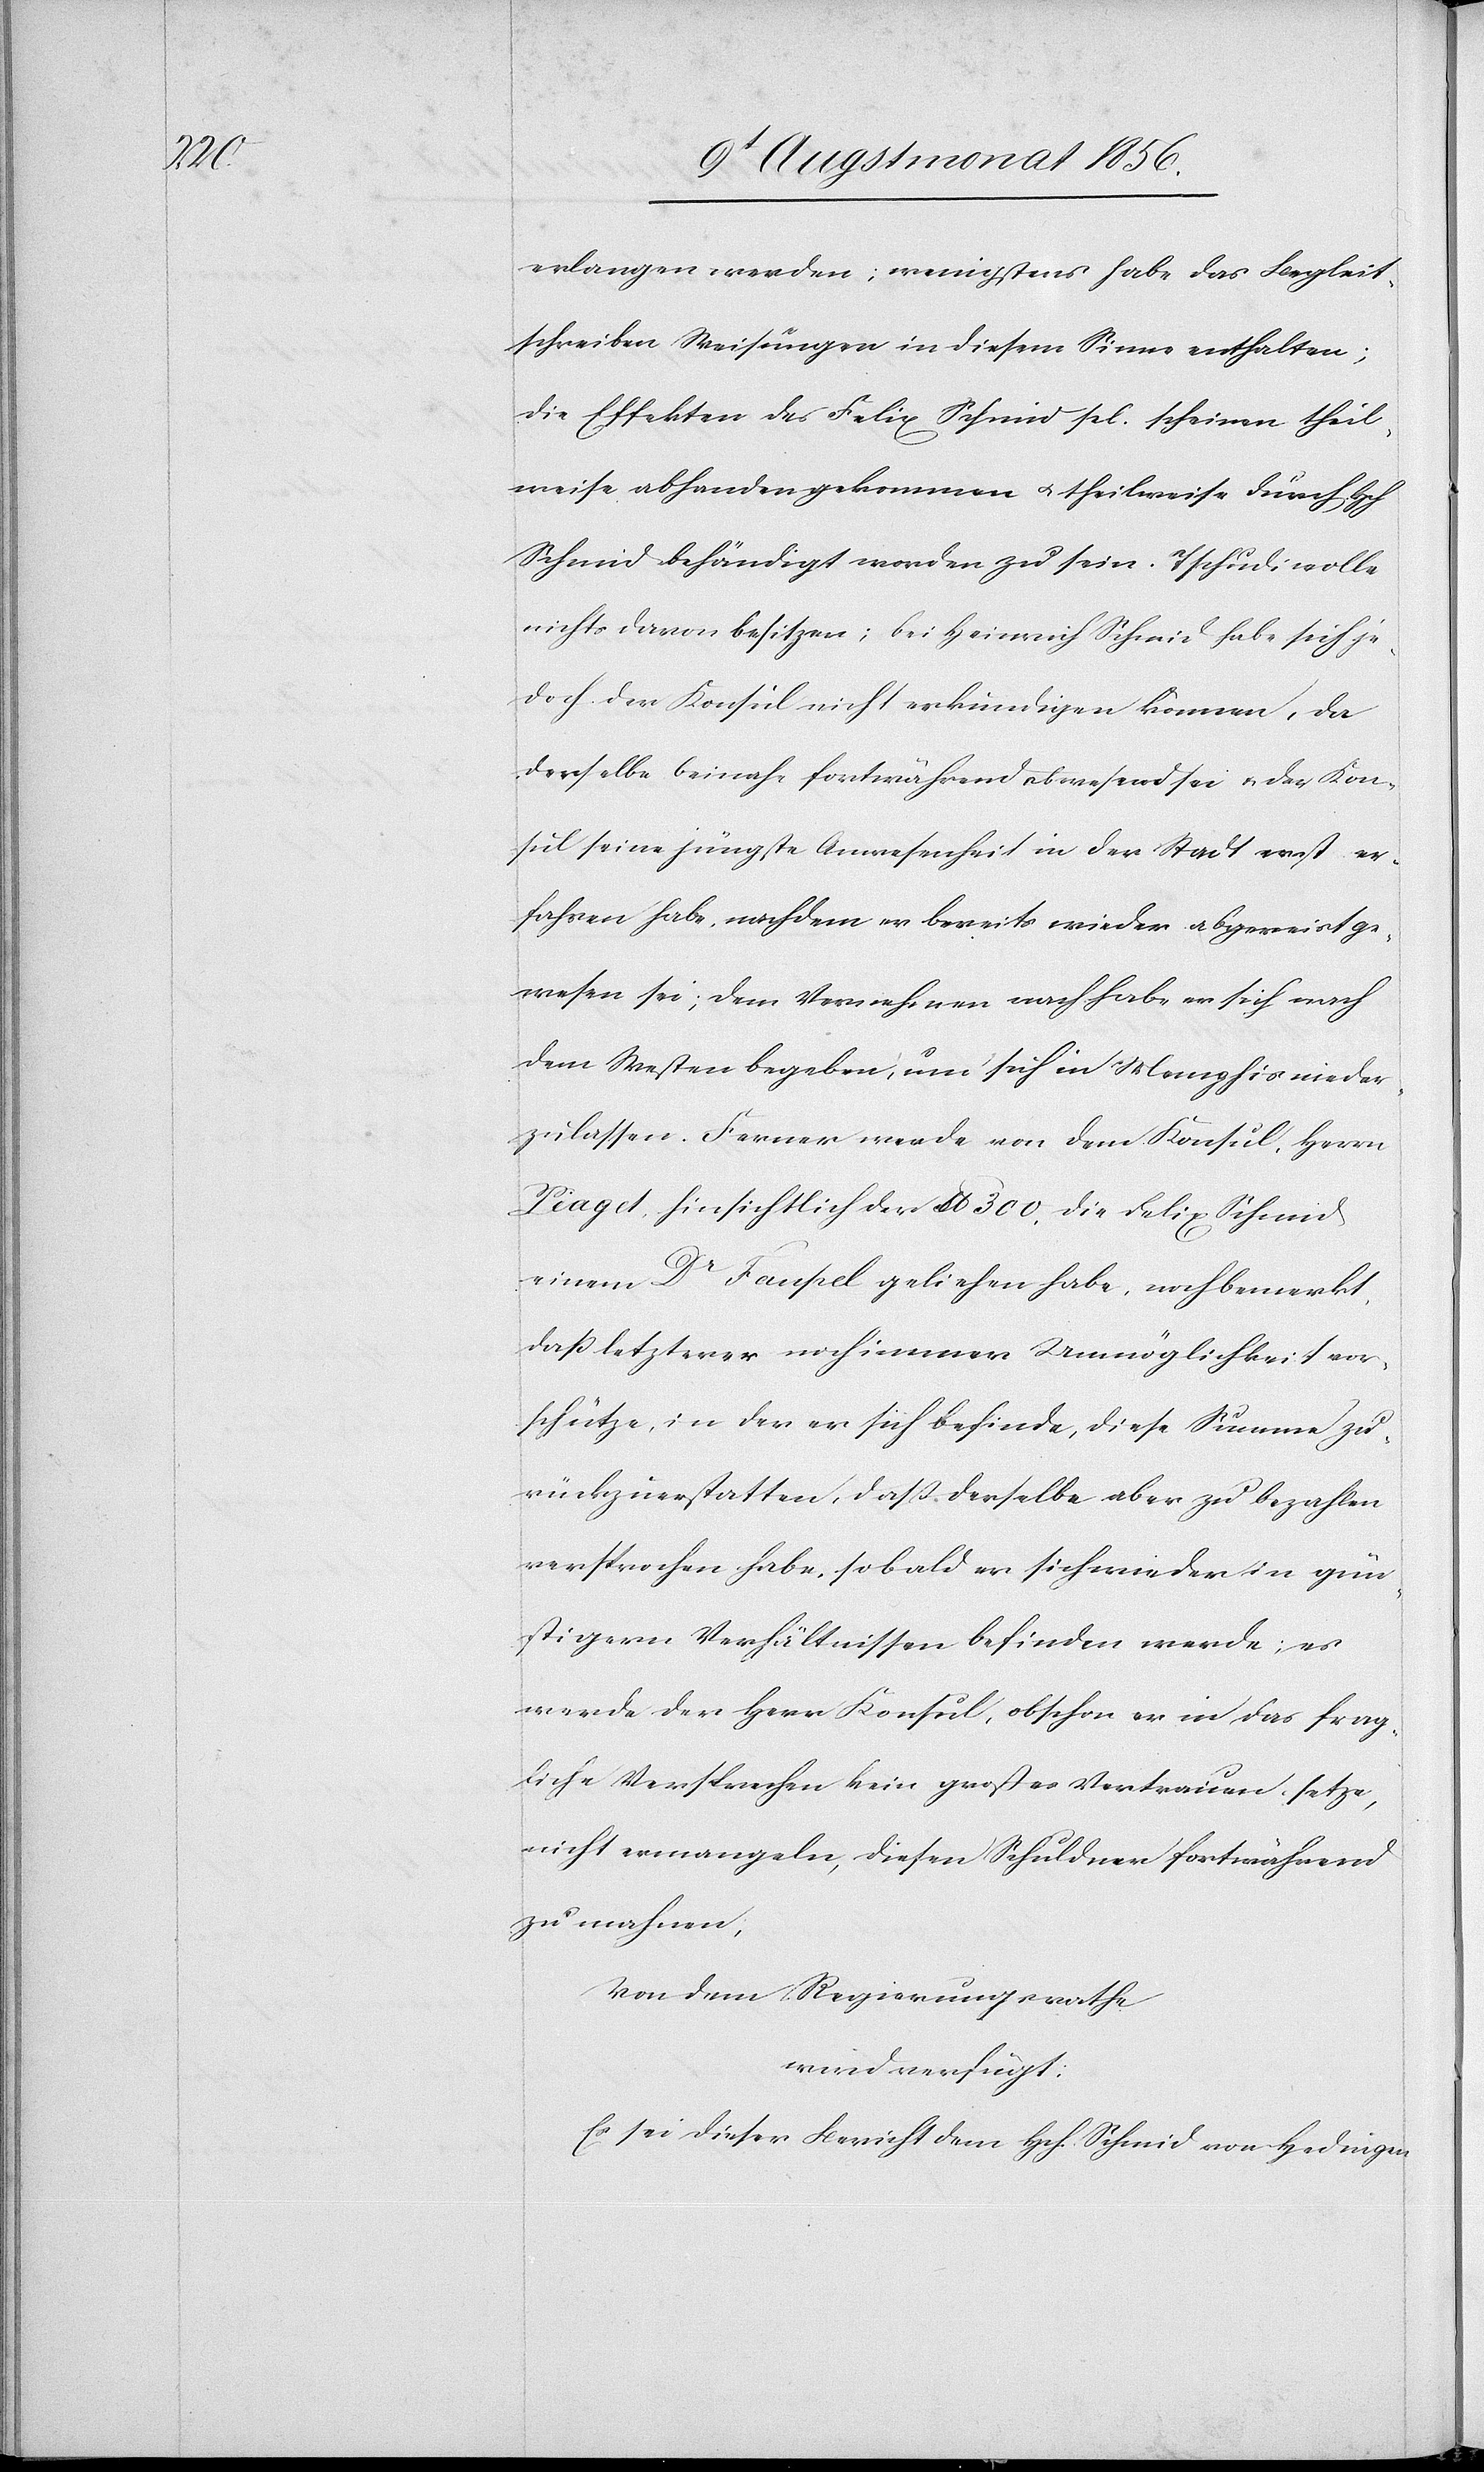
erlangen werden; wenigstens habe das Begleit¬
schreiben Weisungen in diesem Sinne enthalten;
die Effekten des Felix Schmid sel. scheinen theil¬
weise abhanden gekommen u. theilweise durch Hch
Schmid behändigt worden zu sein. Tschudi wolle
nichts davon besitzen; bei Heinrich Schmid habe sich je¬
doch der Konsul nicht erkundigen können, da
derselbe beinahe fortwährend abwesend sei u. der Kon¬
sul seine jüngste Anwesenheit in der Stadt erst er¬
fahren habe, nachdem er bereits wieder abgereist ge¬
wesen sei; dem Vernehmen nach habe er sich nach
dem Westen begeben, um sich in Memphis nieder¬
zulassen. Ferner werde von dem Konsul, Herrn
Piaget, hinsichtlich der lb 300, die Felix Schmid
einem Dr Fempel geliehen habe, noch bemerkt,
dass letzterer noch immer Unmöglichkeit vor¬
schütze, in der er sich befinde, diese Summe zu¬
rückzuerstatten, dass derselbe aber zu bezahlen
versprochen habe, sobald er sich wieder in gün¬
stigern Verhältnissen befinden werde; es
werde der Herr Konsul, obschon er in das frag¬
liche Versprechen kein großes Vertrauen setze,
nicht ermangeln, diesen Schuldner fortwährend
zu mahnen,
Von dem Regierungsrath
wird verfügt:
Es sei dieser Bericht dem Hch. Schmid von Hedingen